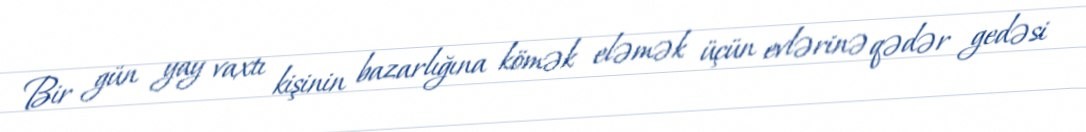
Bir gün yay vaxtı kişinin bazarlığına kömək eləmək üçün evlərinə qədər gedəsi